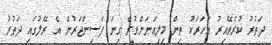
ދަތުރު ކުރެވޭއިރު އަހަރަކު ތިން މިލިއަނަށްވުރެ ގިނަ ފަސިންޖަރުން އެ ރޭލުގައި ދަތުރު